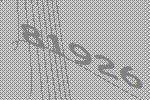
81926